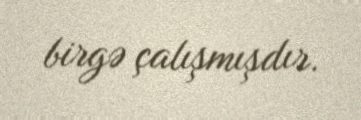
birgə çalışmışdır.